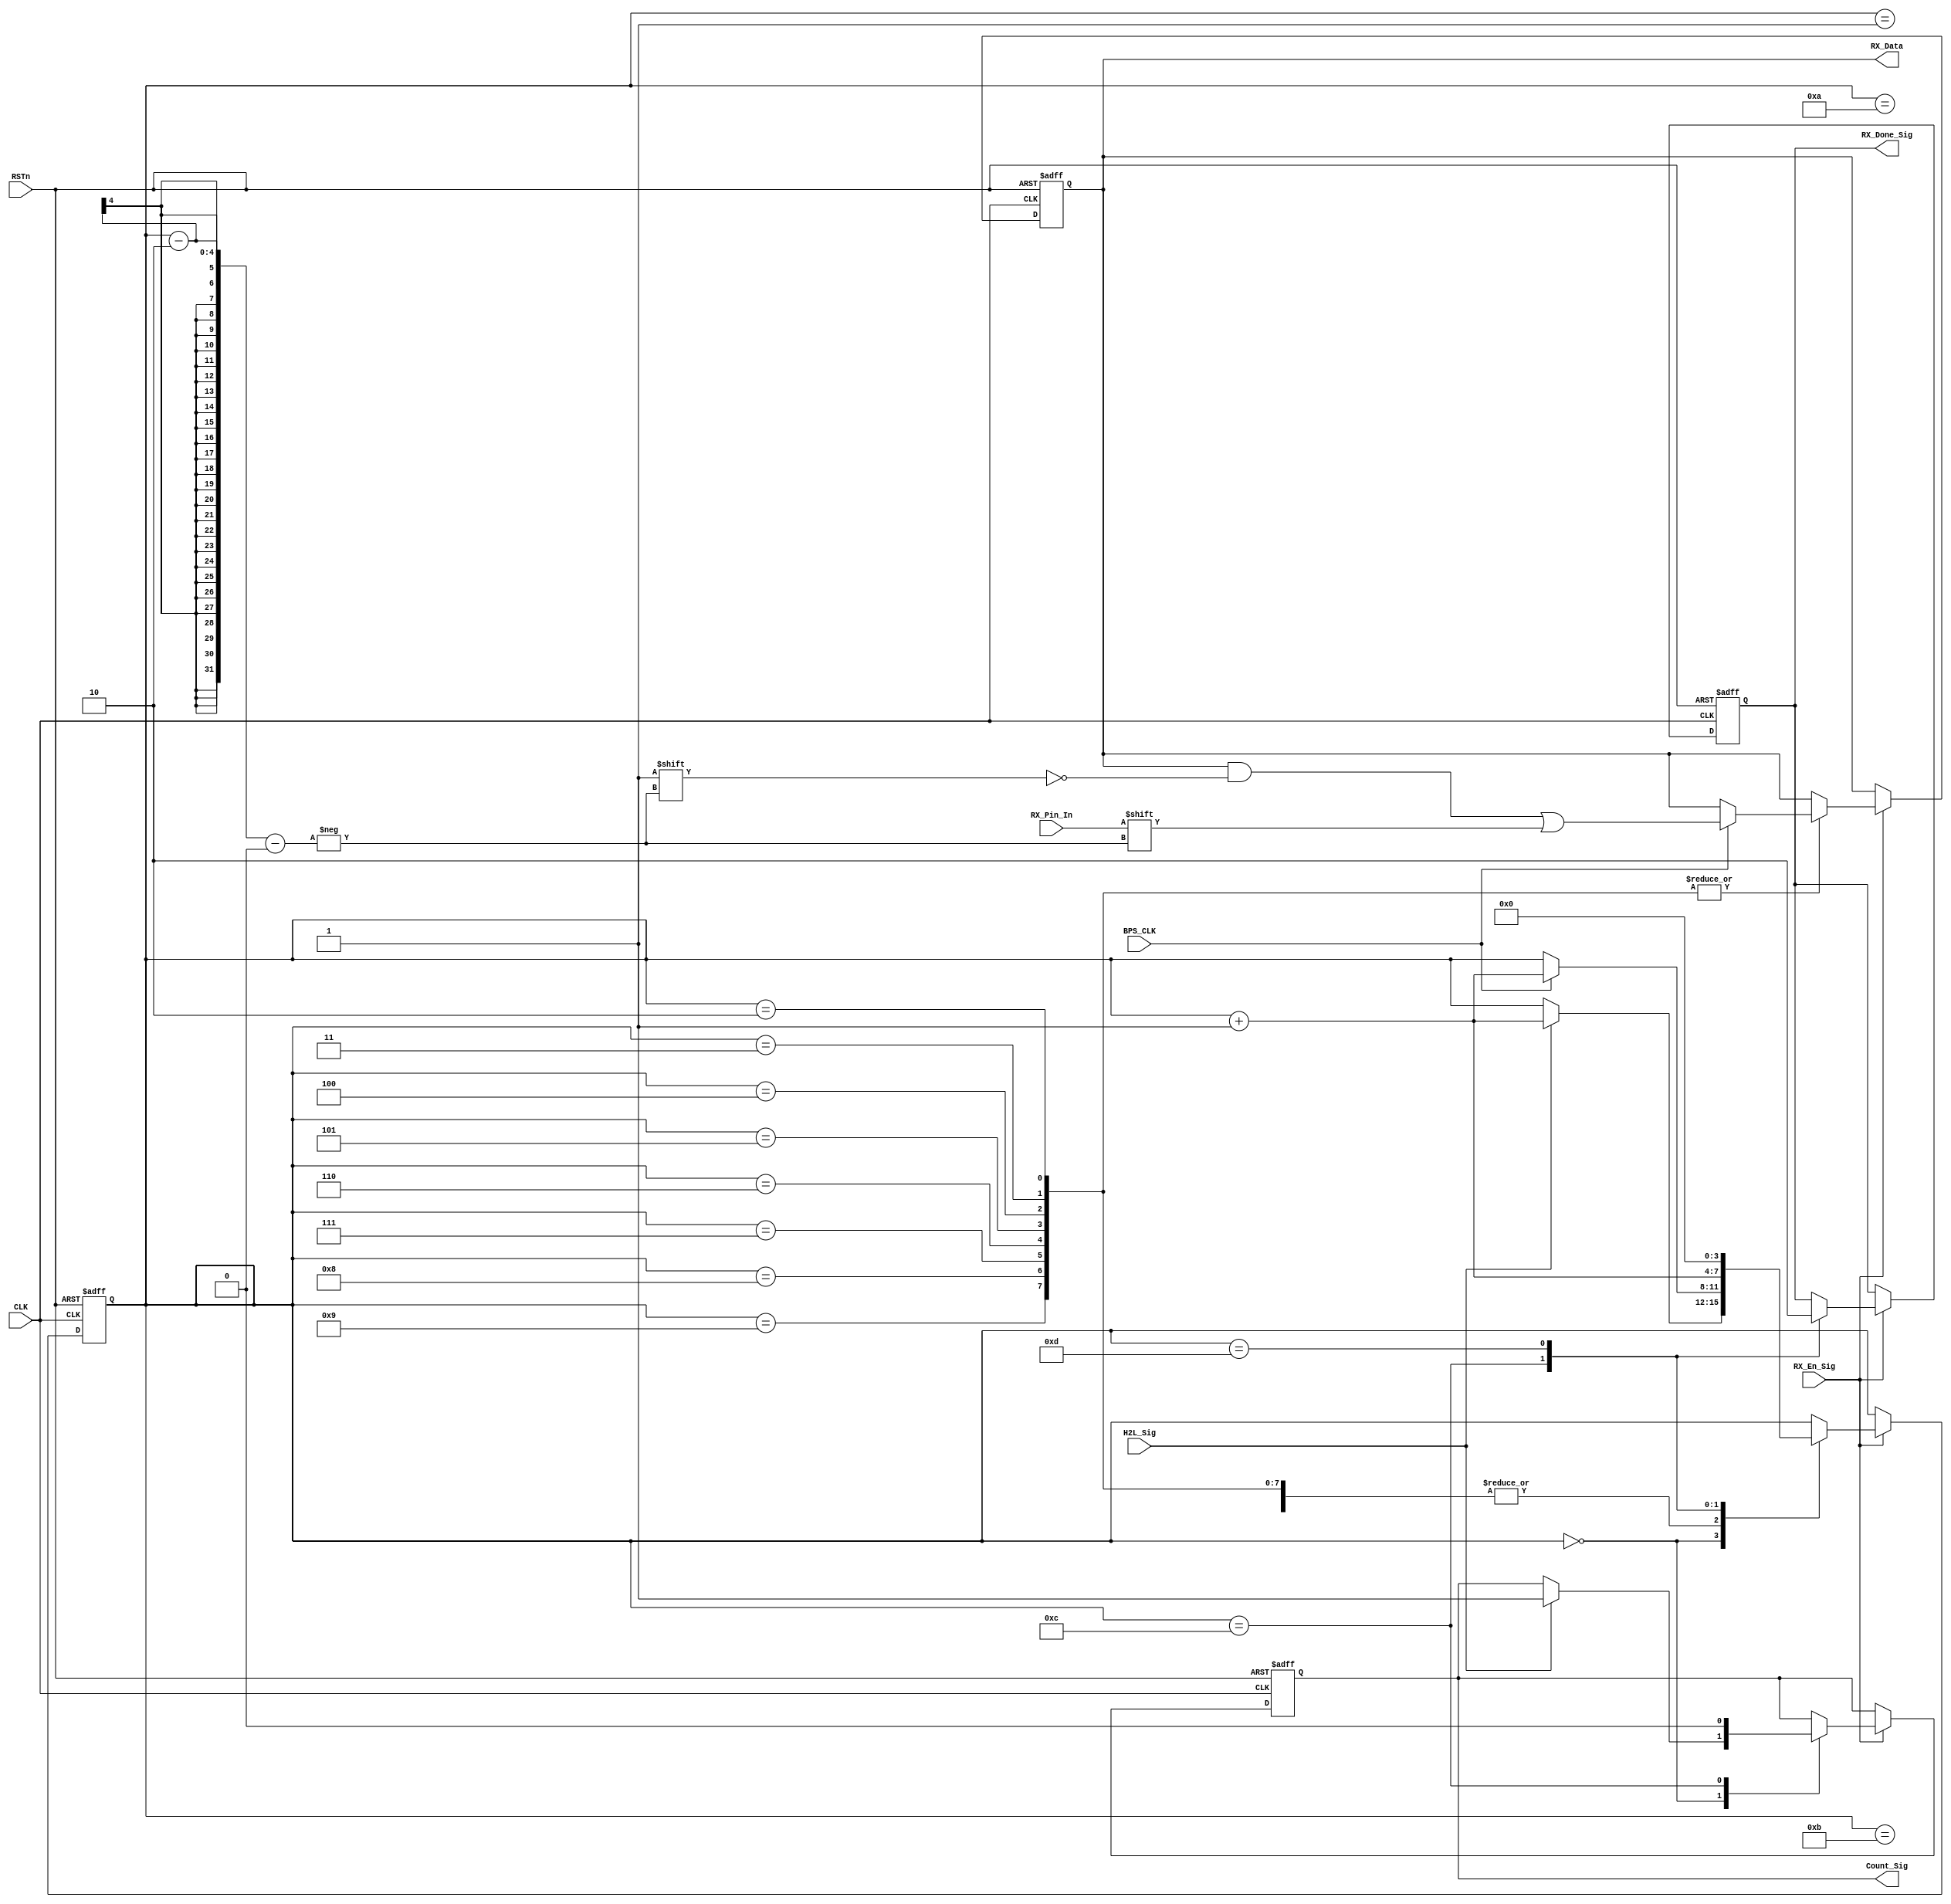
module rx_control_module
(
    CLK, RSTn,
	 H2L_Sig, RX_Pin_In, BPS_CLK, RX_En_Sig,
    Count_Sig, RX_Data, RX_Done_Sig
	 
);

    input CLK;
	 input RSTn;
	 
	 input H2L_Sig;
	 input RX_En_Sig;
	 input RX_Pin_In;
	 input BPS_CLK;
	 
	 output Count_Sig;
	 output [7:0]RX_Data;
	 output RX_Done_Sig;
	 
	 
	 /********************************************************/

	 reg [3:0]i;
	 reg [7:0]rData;
	 reg isCount;
	 reg isDone;
	
	 always @ ( posedge CLK or negedge RSTn )
	     if( !RSTn )
		      begin 
		          i <= 4'd0;
					 rData <= 8'd0;
					 isCount <= 1'b0;
					 isDone <= 1'b0;	 
				end
		  else if( RX_En_Sig )
		      case ( i )
				
			       4'd0 :
					 if( H2L_Sig ) begin i <= i + 1'b1; isCount <= 1'b1; end
					 
					 4'd1 : 
					 if( BPS_CLK ) begin i <= i + 1'b1; end
					 
					 4'd2, 4'd3, 4'd4, 4'd5, 4'd6, 4'd7, 4'd8, 4'd9 :
					 if( BPS_CLK ) begin i <= i + 1'b1; rData[ i - 2 ] <= RX_Pin_In; end
					 
					 4'd10 :
					 if( BPS_CLK ) begin i <= i + 1'b1; end
					 
					 4'd11 :
					 if( BPS_CLK ) begin i <= i + 1'b1; end
					 
					 4'd12 :
					 begin i <= i + 1'b1; isDone <= 1'b1; isCount <= 1'b0; end
					 
					 4'd13 :
					 begin i <= 4'd0; isDone <= 1'b0; end
				 
				endcase
				
    /********************************************************/
	 
	 assign Count_Sig = isCount;
	 assign RX_Data = rData;
	 assign RX_Done_Sig = isDone;
	 
	 
	 /*********************************************************/
	 
endmodule